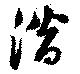
潛